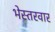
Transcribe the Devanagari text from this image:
भेस्तरवार